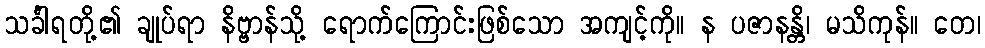
သင်္ခါရတို့၏ ချုပ်ရာ နိဗ္ဗာန်သို့ ရောက်ကြောင်းဖြစ်သော အကျင့်ကို။ န ပဇာနန္တိ၊ မသိကုန်။ တေ၊